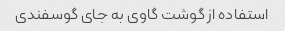
استفاده از گوشت گاوی به جای گوسفندی